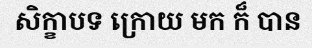
សិក្ខាបទ ក្រោយ មក ក៏ បាន